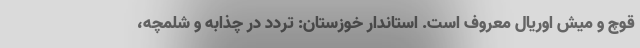
قوچ و میش اوریال معروف است. استاندار خوزستان: تردد در چذابه و شلمچه،